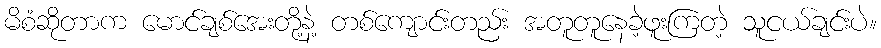
မိစံဆိုတာက မောင်ချစ်အေးတို့နဲ့ တစ်ကျောင်းတည်း အတူတူနေခဲ့ဖူးကြတဲ့ သူငယ်ချင်းပဲ။